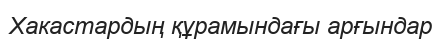
Хакастардың құрамындағы арғындар